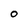
Character: 0